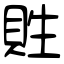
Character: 貹